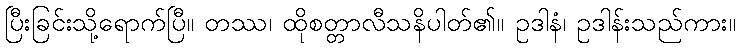
ပြီးခြင်းသို့ရောက်ပြီ။ တဿ၊ ထိုစတ္တာလီသနိပါတ်၏။ ဥဒါနံ၊ ဥဒါန်းသည်ကား။